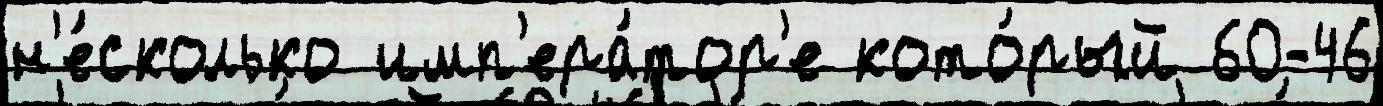
н'е́сколько имп'ера́тор'е кото́рый 60-46